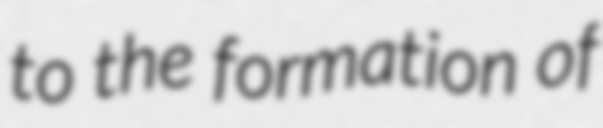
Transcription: to the formation of